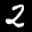
Label: 2